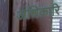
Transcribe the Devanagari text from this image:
अधिकारि